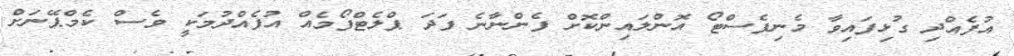
އުފެއްދި ގުޅިފައިވާ މެނިފެސްޓޯ އޮންލައިންކޮށް ފެންނާނެ ފަދަ ޕްލެޓްފޯމެއް އުފެއްދުމަކީ ވެސް ކެމްޕޭނަށް